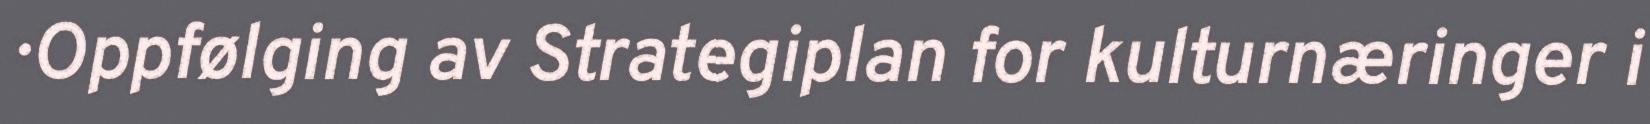
· Oppfølging av Strategiplan for kulturnæringer i